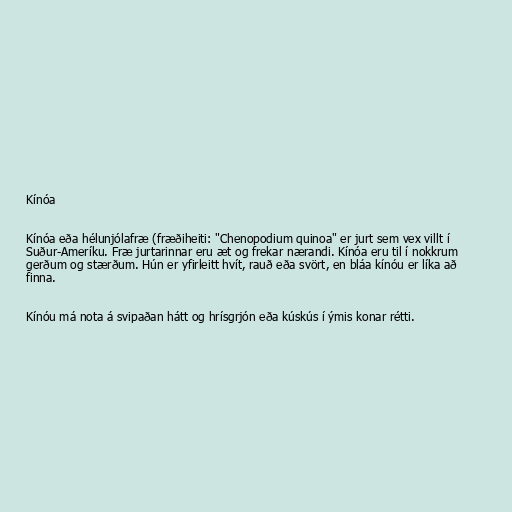
Kínóa

Kínóa eða hélunjólafræ (fræðiheiti: "Chenopodium quinoa" er jurt sem vex villt í
Suður-Ameríku. Fræ jurtarinnar eru æt og frekar nærandi. Kínóa eru til í nokkrum
gerðum og stærðum. Hún er yfirleitt hvít, rauð eða svört, en bláa kínóu er líka að
finna.

Kínóu má nota á svipaðan hátt og hrísgrjón eða kúskús í ýmis konar rétti.